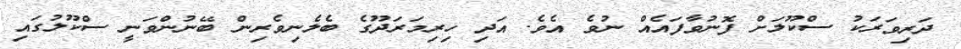
ދަރިވަރަކު ސްކޫލަށް ފޮނުވާފައެއް ނުވެ އެވެ. އަދި ހިރިމަރަދޫގެ ބެލެނިވެރިން ބޭނުންވަނީ ސްކޫލުގައި